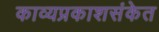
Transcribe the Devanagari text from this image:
काव्यप्रकाशसंकेत